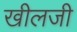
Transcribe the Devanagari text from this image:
खीलजी